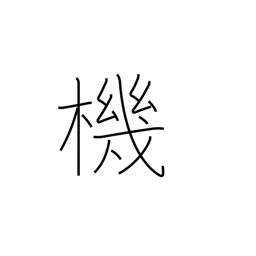
Meaning: loom